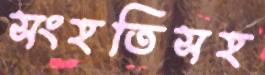
সংহতিসহ